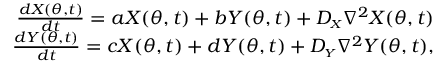
\begin{array} { r } { \frac { d X ( \theta , t ) } { d t } = a X ( \theta , t ) + b Y ( \theta , t ) + D _ { \scriptscriptstyle { X } } \nabla ^ { 2 } X ( \theta , t ) } \\ { \frac { d Y ( \theta , t ) } { d t } = c X ( \theta , t ) + d Y ( \theta , t ) + D _ { \scriptscriptstyle { Y } } \nabla ^ { 2 } Y ( \theta , t ) , } \end{array}